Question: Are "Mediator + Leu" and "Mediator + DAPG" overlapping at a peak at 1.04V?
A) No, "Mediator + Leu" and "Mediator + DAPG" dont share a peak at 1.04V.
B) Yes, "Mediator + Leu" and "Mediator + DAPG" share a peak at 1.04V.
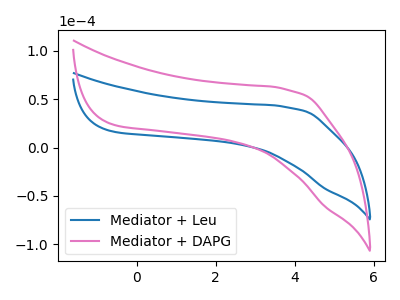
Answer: <think>The blue curve "Mediator + Leu" has no peaks. The pink curve "Mediator + DAPG" has no peaks.</think>
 <answer>A) No, "Mediator + Leu" and "Mediator + DAPG" dont share a peak at 1.04V.</answer>
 <eval>A</eval>